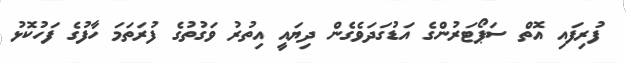
ފުރިފައި އޮތް ސަޕޯޓަރުންގެ އަޑުގަދަވެގެން ދިޔައީ އިތުރު ވަގުތުގެ ފުރަތަމަ ހާފުގެ ފަހުކޮޅު